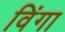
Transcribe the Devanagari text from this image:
विंगा